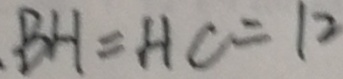
B H = H C = 1 2